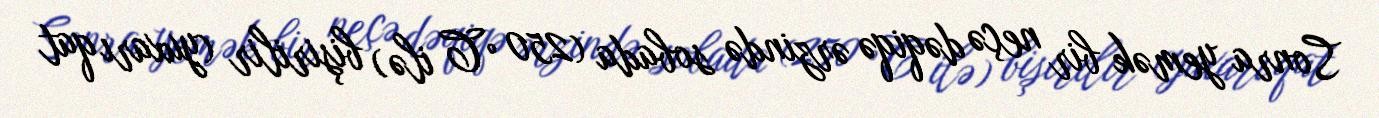
Sonra yemək bir neçə dəqiqə ərzində sobada (250 °C ilə) bişirilir (yuxarı qat